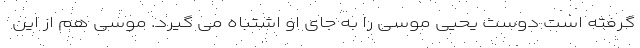
گرفته است دوست یحیی موسی را به جای او اشتباه می گیرد. موسی هم از این